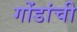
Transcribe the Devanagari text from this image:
गोंडांची